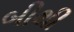
બીથી